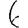
Digit: 6